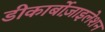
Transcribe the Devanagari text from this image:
डीकार्बोज़ाइलेशन